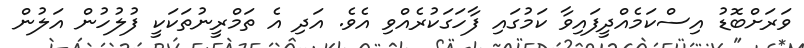
ވަރަށްބޮޑު އިސްކަމެއްދީފައިވާ ކަމުގައި ފާހަގަކުރެއްވި އެވެ. އަދި އެ ތަމްރީނުތަކަކީ ފުލުހުން އަލުން